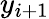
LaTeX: y_{i+1}